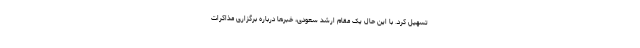
تسهیل کرد. با این حال یک مقام ارشد سعودی، خبرها درباره برگزاری مذاکرات